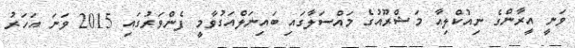
ވަނީ އީރާންގެ ނިއުކްލިއާ މަޝްރޫއުގެ މައްސަލާގައި ބައިނަލްއަގުވާމީ ފެންވަރުގައި 2015 ވަނަ އަހަރު